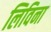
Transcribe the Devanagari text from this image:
लिविना